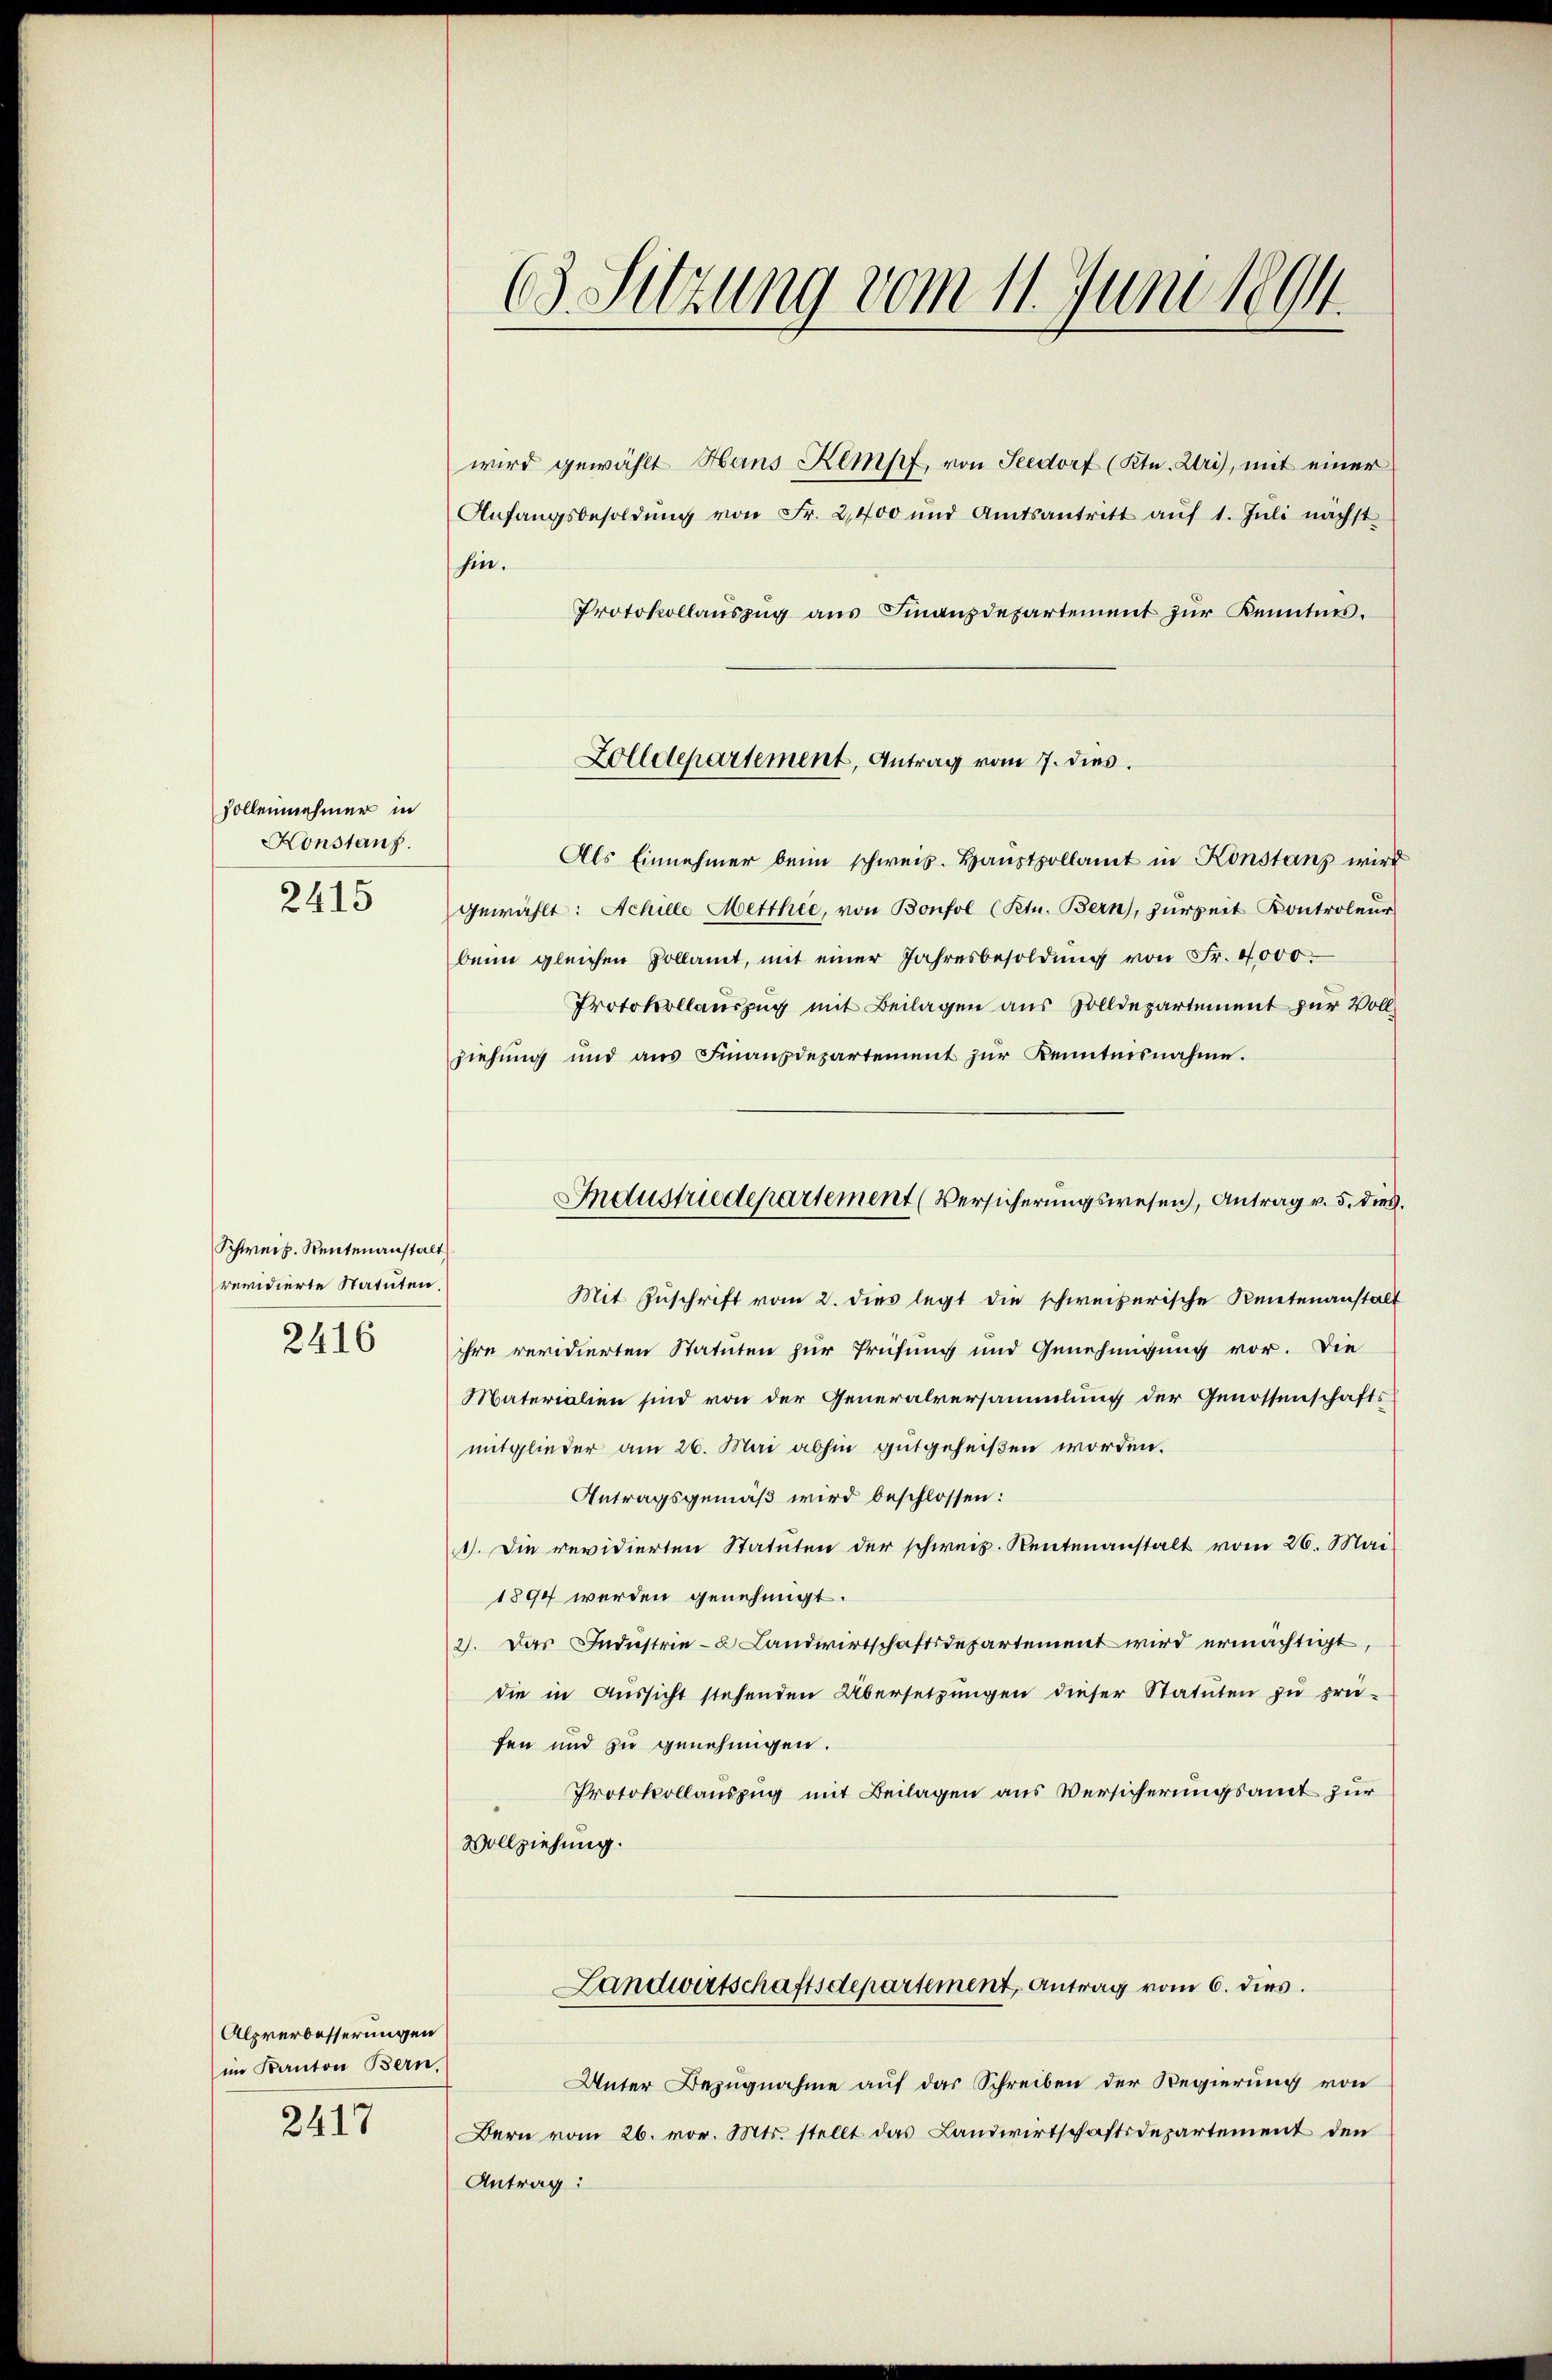
Dollennehmer in
Konstanz.
2415

Schweiz. Rentenanstalt
revidierte Statuten.
2416

Alprerbesserungen
im Kanton Bern,
2417

63. Sitzung vom 11. Juni 1894.

wird gewählt Hans Kempf von Seedorf (Ktn. Uri), mit einer
Anfangsbesoldŭng von Fr. 2,400 und Amtsantritt aŭf 1. Jŭli nächst
hin.
Protokollaŭszŭg aŭs Finanzdepartement zŭr Kenntnis.
Als Einnehmer beim schweis. Haŭstpollamt in Konstanz wird
gewählt: Achille Metthie, von Bonfol (Ktn. Bern), zurzeit Kontroleur
beim gleichen Pollamt, mit einer Jahresbesoldŭng von Fr. 4000.
Protokollauszug mit Beilagen aus Zolldepartement zur Vollziehung und ans Finanzdepartement zŭr Kenntnisnahme.
Mit Zuschrift vom 2. dies legt die schweizerische Rentenanstalt
ihre revidierten Statuten zur Prüfung und Genehmigung vor. Die
Materialien sind von der Generalversammlung der Genossenschafts
mitglieder am 26. Mai abhin gutgeheißen worden.
Antragsgemäß wird beschlossen:
1. Die revidierten Statuten der schweiz. Rentenanstalt vom 26. Mai
1894 werden genehmigt.
2). Das Industrie- & Landwirtschaftsdepartement wird ermächtigt,
die in Aŭssicht stehenden Übersetzŭngen dieser Statuten zu prü-
fen und zu genehmigen.
Protokollauszug mit Beilagen aus Versicherungsamt zur
Vollziehung.
Landwirtschaftsdepartement, Antrag vom 6. dies.
Unter Bezugnahme auf das Schreiben der Regierung von
Bern vom 26. vor. Mts. stellt das Landwirtschaftsdepartement den
Antrag:

Zolldepartement, Antrag vom 7. dies.

Industriedepartement (Versicherungswesen, Antrag v. 5. dies